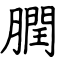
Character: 膶